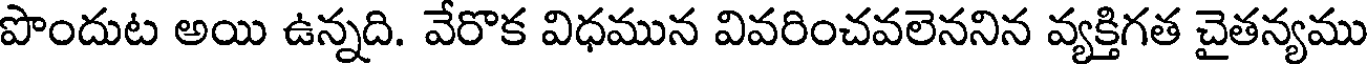
పొందుట అయి ఉన్నది. వేరొక విధమున వివరించవలెననిన వ్యక్తిగత చైతన్యము